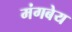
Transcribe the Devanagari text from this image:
मंगबेय